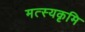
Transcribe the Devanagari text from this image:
मत्स्यकृमि